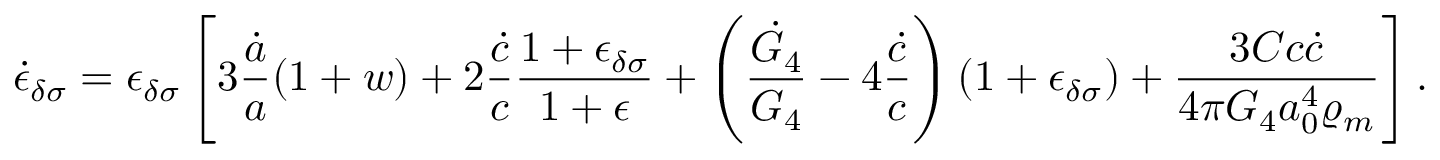
\dot { \epsilon } _ { \delta \sigma } = \epsilon _ { \delta \sigma } \left[ 3 { \frac { \dot { a } } { a } } ( 1 + w ) + 2 { \frac { \dot { c } } { c } } { \frac { 1 + \epsilon _ { \delta \sigma } } { 1 + \epsilon } } + \left( { \frac { \dot { G } _ { 4 } } { G _ { 4 } } } - 4 { \frac { \dot { c } } { c } } \right) ( 1 + \epsilon _ { \delta \sigma } ) + { \frac { 3 C c \dot { c } } { 4 \pi G _ { 4 } a _ { 0 } ^ { 4 } \varrho _ { m } } } \right] .